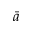
\bar { a }